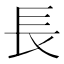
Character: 長